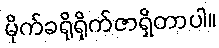
မိုက်ခရိုရိုက်ဇာရှိတာပါ။